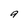
Character: g